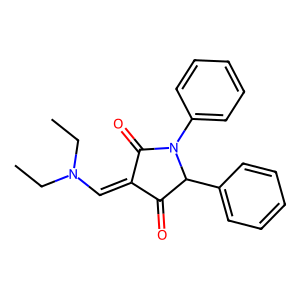
SMILES: CCN(C=C1C(=O)C(c2ccccc2)N(c2ccccc2)C1=O)CC
Inhibits HIV replication: No